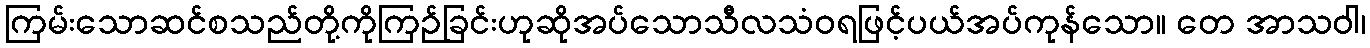
ကြမ်းသောဆင်စသည်တို့ကိုကြဉ်ခြင်းဟုဆိုအပ်သောသီလသံဝရဖြင့်ပယ်အပ်ကုန်သော။ တေ အာသဝါ၊